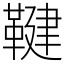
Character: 鞬